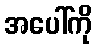
အပေါ်ကို